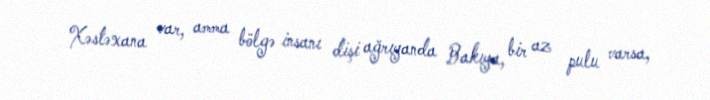
Xəstəxana var, amma bölgə insanı dişi ağrıyanda Bakıya, bir az pulu varsa,